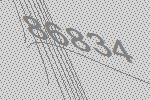
86834